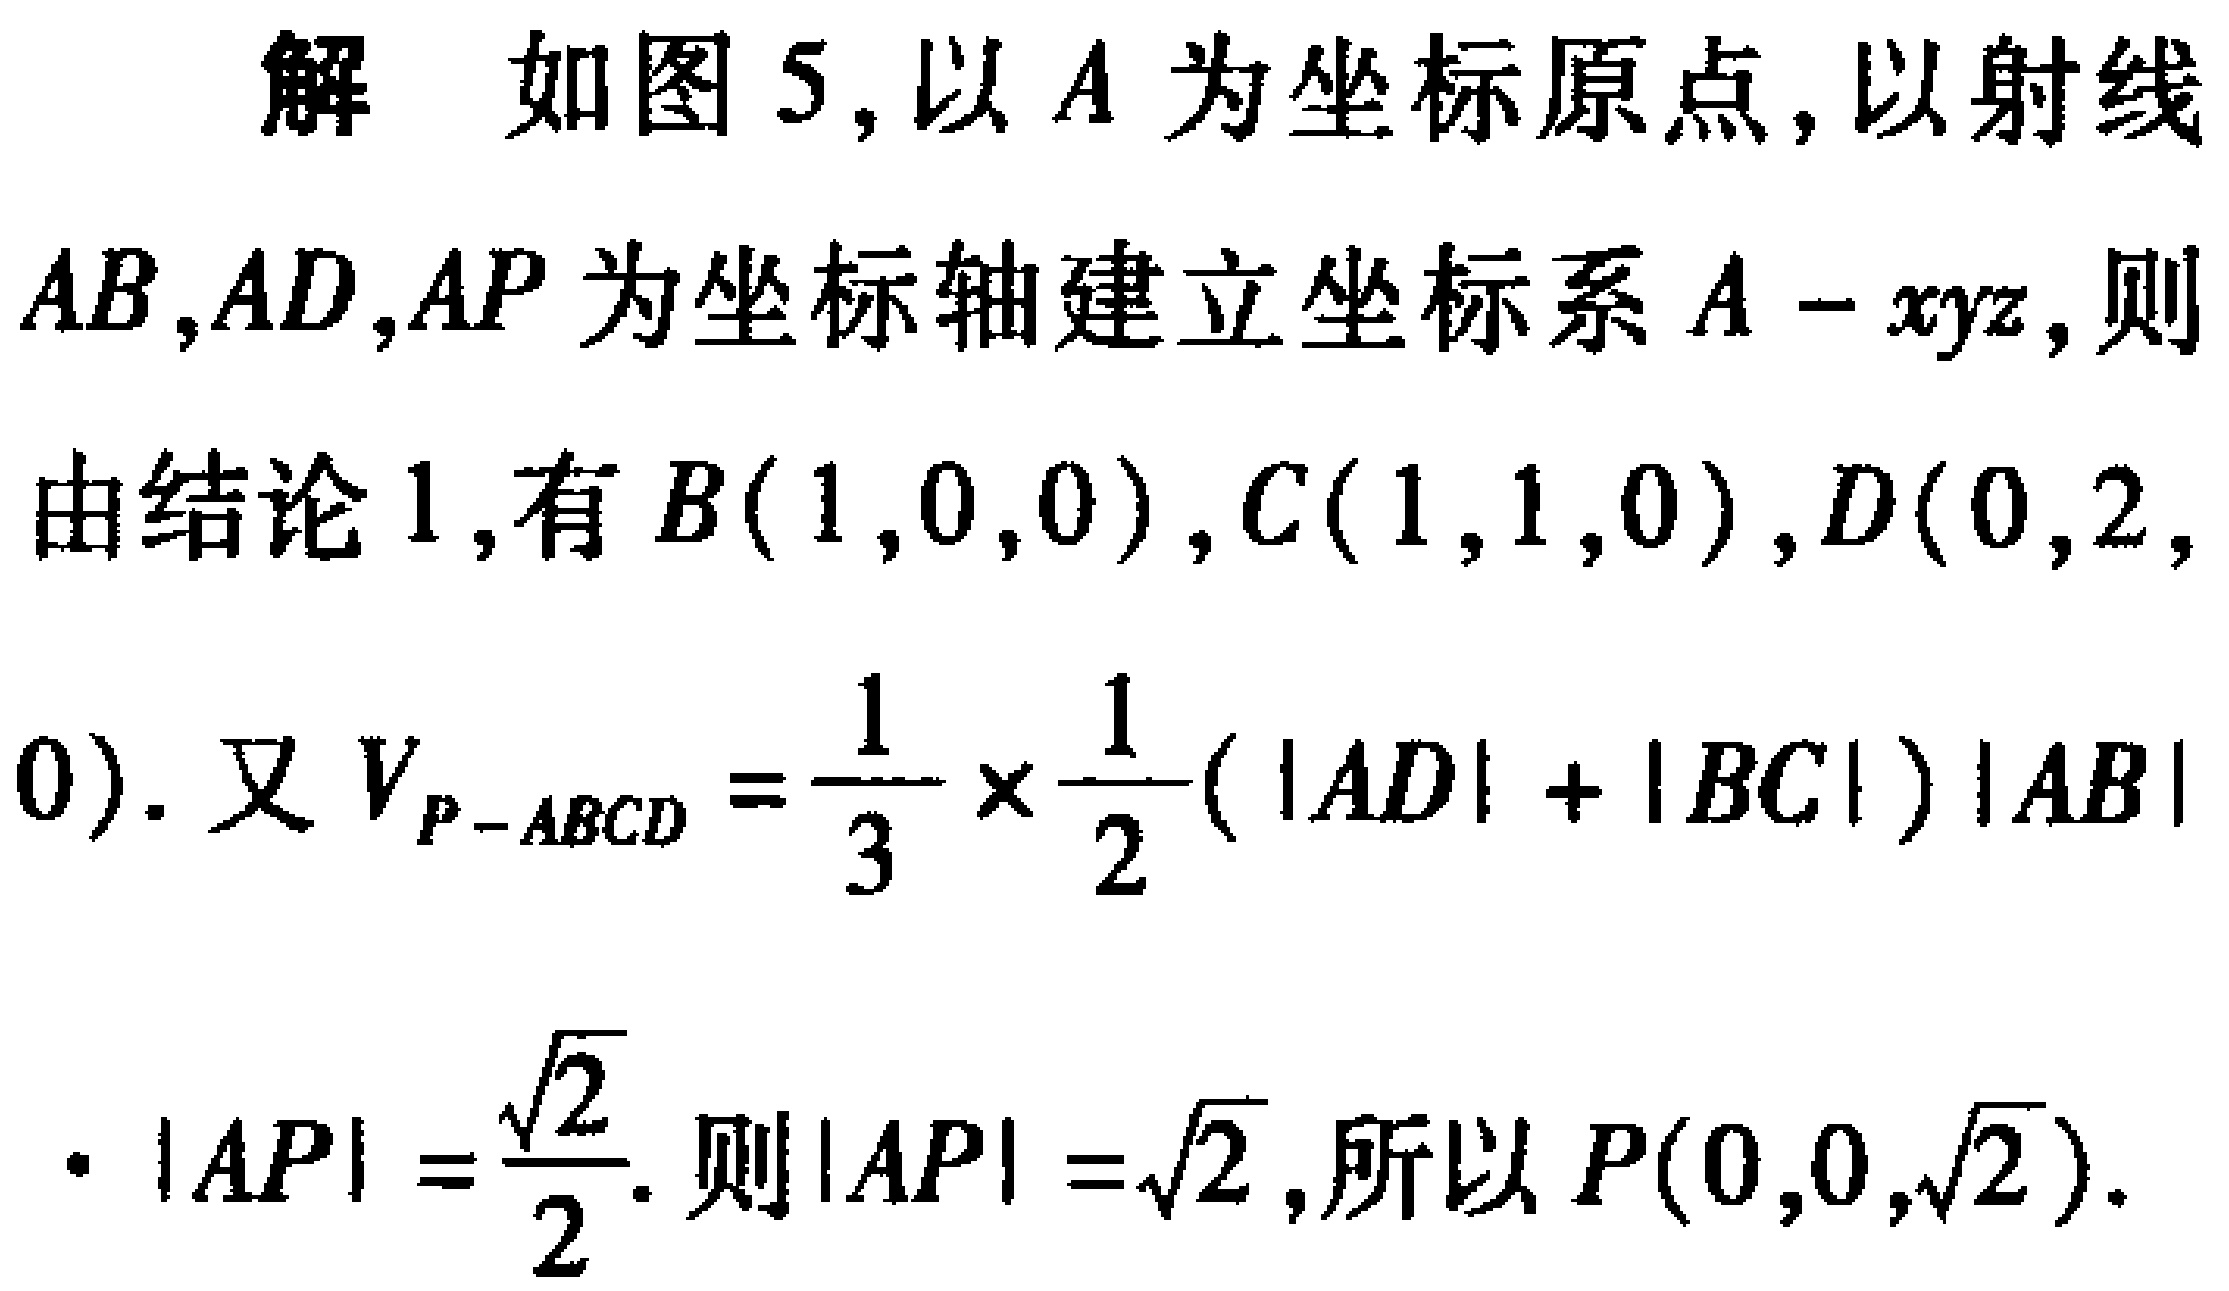
解 如图5,以\(A\)为坐标原点,以射线\(AB,AD,AP\)为坐标轴建立坐标系\(A - xyz\),则由结论1,有\(B(1,0,0),C(1,1,0),D(0,2,0)\). 又\(V_{P - ABCD}=\frac{1}{3}\times\frac{1}{2}(|AD| + |BC|)|AB|\cdot|AP|=\frac{\sqrt{2}}{2}\). 则\(|AP|=\sqrt{2}\),所以\(P(0,0,\sqrt{2})\).